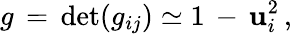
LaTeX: g\, =\, \operatorname*{det}(g_{ij})\simeq 1\, -\, {\mathbf u}_{i}^{2}\, {,}